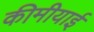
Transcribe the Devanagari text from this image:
कीमीयाई